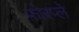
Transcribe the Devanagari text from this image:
फोरप्ले